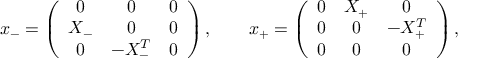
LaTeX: x _ { - } = \left( \begin{array} { c c c } { { 0 } } & { { 0 } } & { { 0 } } \\ { { X _ { - } } } & { { 0 } } & { { 0 } } \\ { { 0 } } & { { - X _ { - } ^ { T } } } & { { 0 } } \end{array} \right) , \qquad x _ { + } = \left( \begin{array} { c c c } { { 0 } } & { { X _ { + } } } & { { 0 } } \\ { { 0 } } & { { 0 } } & { { - X _ { + } ^ { T } } } \\ { { 0 } } & { { 0 } } & { { 0 } } \end{array} \right) ,